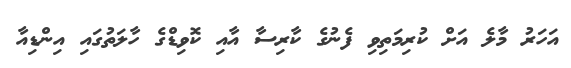
އަހަރު މާލެ އަށް ކުރިމަތިވި ފެނުގެ ކާރިސާ އާއި ކޮވިޑްގެ ހާލަތުގައި އިންޑިއާ